Bulletin of the Pasteur Institute of Southern India, Coonoor - No. 1.
Year: 1908
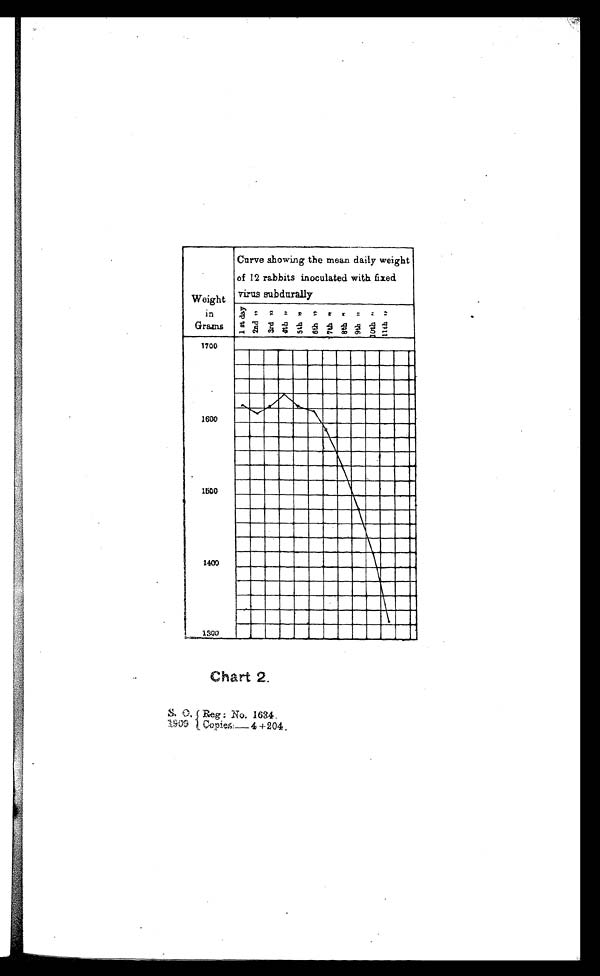
Chart 2.
S . O . R e g : N o . 1 6
3 4 .
1 9 0 9 C o p i e s : — 4 + 2 0 4 .